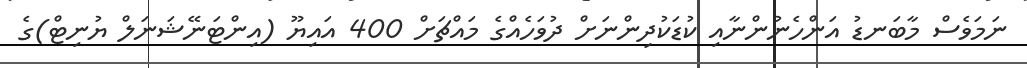
ނަމަވެސް މާބަނޑު އަންހެނުންނާއި ކުޑަކުދިންނަށް ދުވަހެއްގެ މައްޗަށް 400 އައިޔޫ (އިންޓަނޭޝަނަލް ޔުނިޓް)ގެ